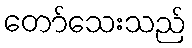
တော်သေးသည်